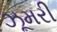
ઝૂમરી